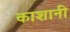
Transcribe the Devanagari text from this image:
काशानी